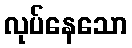
လုပ်နေသော